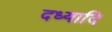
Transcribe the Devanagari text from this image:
दध्यादि